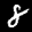
Label: 8